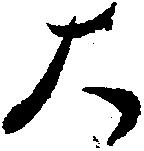
大